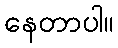
နေတာပါ။